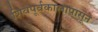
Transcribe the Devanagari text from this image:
शिवपूर्वकालापासून